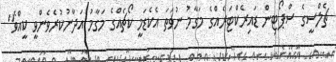
ޗެލްސީގެ ސްޕޯޓިން ޑައިރެކްޓަރެއްގެ މަގާމު ނުވަތަ އެކެޑަމީ ކޯޗެއްގެ މަގާމު އަދާނުކުރެވެންވީ ކީއްވެ"